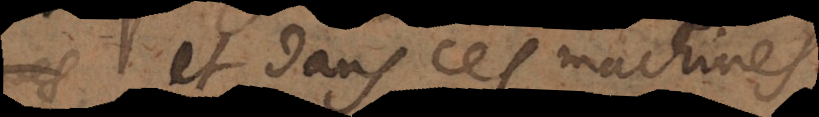
et dans ces machines